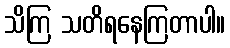
သိကြ သတိရနေကြတာပါ။